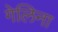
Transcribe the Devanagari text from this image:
गेलिना